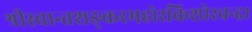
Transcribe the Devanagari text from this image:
श्रीस्वान्तशङ्करमहोरकिशोरचन्द्र।